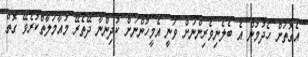
އެގޮތަށް ހެދުމުން އެ ބެލެނިވެރިންނަށް ވަނީ އެމީހުންނަށް ކުދިންނާ ދޭތެރޭ މުއާމަލާތްކުރެވޭ ގޮތް